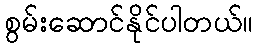
စွမ်းဆောင်နိုင်ပါတယ်။